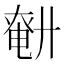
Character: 𢍤